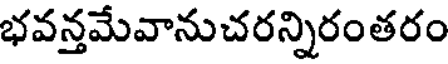
భవన్తమేవానుచరన్నిరంతరం